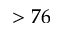
> 7 6